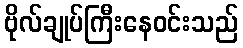
ဗိုလ်ချုပ်ကြီးနေဝင်းသည်